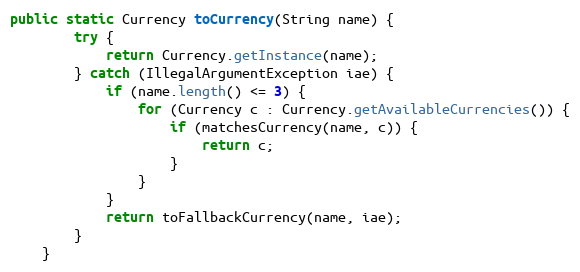
Language: Java
public static Currency toCurrency(String name) {
        try {
            return Currency.getInstance(name);
        } catch (IllegalArgumentException iae) {
            if (name.length() <= 3) {
                for (Currency c : Currency.getAvailableCurrencies()) {
                    if (matchesCurrency(name, c)) {
                        return c;
                    }
                }
            }
            return toFallbackCurrency(name, iae);
        }
    }